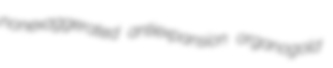
nonexaggerated antiexpansion organogold